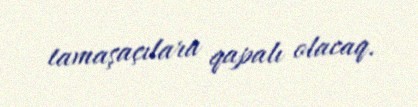
tamaşaçılara qapalı olacaq.